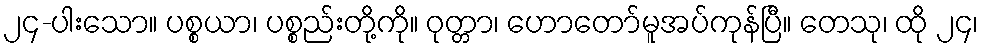
၂၄-ပါးသော။ ပစ္စယာ၊ ပစ္စည်းတို့ကို။ ဝုတ္တာ၊ ဟောတော်မူအပ်ကုန်ပြီ။ တေသု၊ ထို ၂၄၊